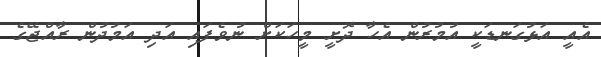
އެއީ އަޅުގަނޑަކީ އުމުރުން އެހާ ދޮށީ މީހަކަށް ނުވެފައި އަދި އަމުދުން ރާއްޖޭގެ